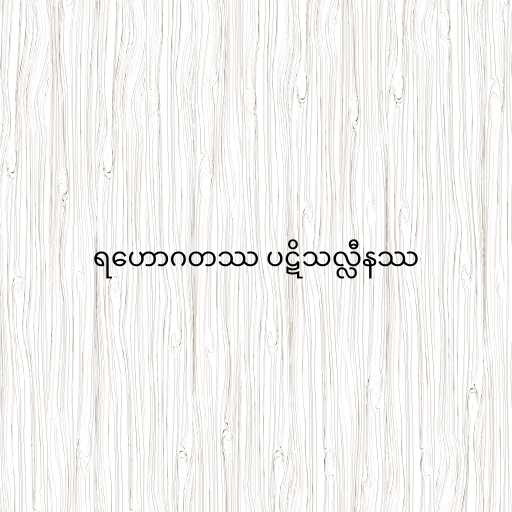
ရဟောဂတဿ ပဋိသလ္လီနဿ